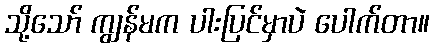
သို့သော် ကျွန်မက ပါးပြင်မှာပဲ ပေါက်တာ။